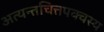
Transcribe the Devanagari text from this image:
अत्यन्तचित्तपक्वस्य